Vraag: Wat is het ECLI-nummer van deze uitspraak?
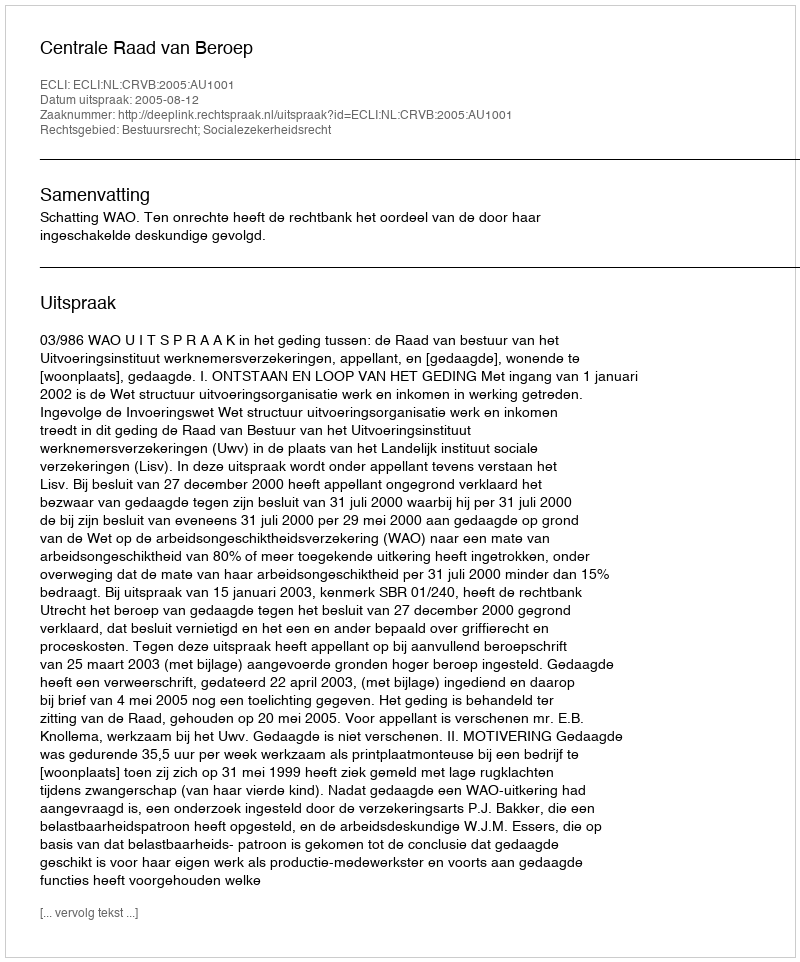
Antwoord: ECLI:NL:CRVB:2005:AU1001